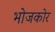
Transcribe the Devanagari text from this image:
भोजकोर